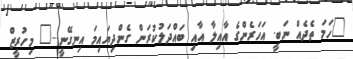
"ހަމަ ތެދެއް ނަބީ. އަހަރެންގެ އާއިލާ އާއި ބައްދަލުކުރަން ގެންދިޔައިމަ އިނގޭނީ..." މިހުރީޒް